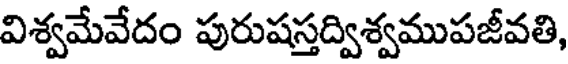
విశ్వమేవేదం పురుషస్తద్విశ్వముపజీవతి,